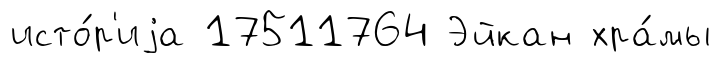
исто́р'иjа 17511764 Эйкан хра́мы